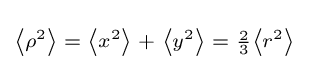
\scriptstyle \left\langle \rho ^{2}\right\rangle \;=\;\left\langle x^{2}\right\rangle \;+\;\left\langle y^{2}\right\rangle \;=\;{\frac {2}{3}}\left\langle r^{2}\right\rangle